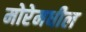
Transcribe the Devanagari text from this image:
मोरेमधील